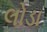
લોડા